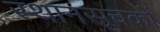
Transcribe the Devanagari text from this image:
स्थानसूचकों